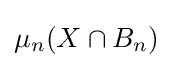
\mu _{n}(X\cap B_{n})